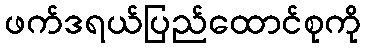
ဖက်ဒရယ်ပြည်ထောင်စုကို